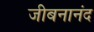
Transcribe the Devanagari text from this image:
जीबनानंद